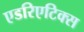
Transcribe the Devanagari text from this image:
एडरिएटिक्स